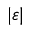
\vert \varepsilon \vert